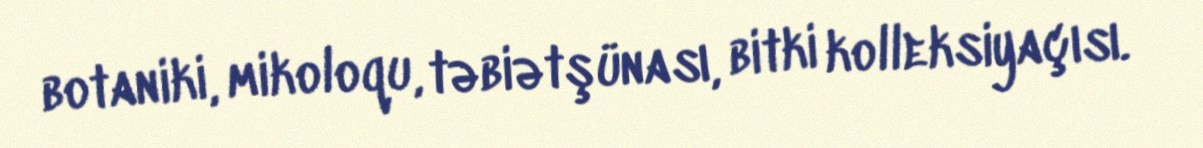
botaniki, mikoloqu, təbiətşünası, bitki kolleksiyaçısı.